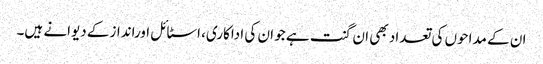
ان کے مداحوں کی تعداد بھی ان گنت ہے جو ان کی اداکاری، اسٹائل اوراندازکے دیوانے ہیں۔